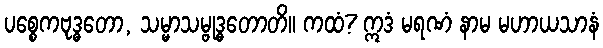
ပစ္စေကဗုဒ္ဓတော, သမ္မာသမ္ဗုဒ္ဓတောတိ။ ကထံ? ဣဒံ မရဏံ နာမ မဟာယသာနံ